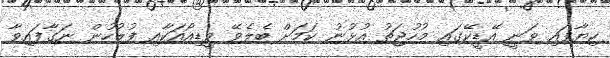
ކިޔާފައި ވަނީ އޭޑީކޭގައި މުހުޖަތު އުޅުނު ކަމަށް ބެލެވޭ ވީޑިއޯއަކާއި ފުލުހުން ނަގާފައިވާ